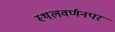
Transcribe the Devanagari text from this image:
स्थलवर्णनपर